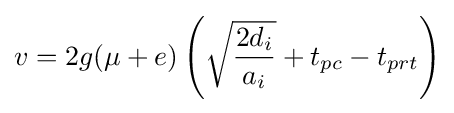
v=2g(\mu +e)\left({\sqrt {\frac {2d_{i}}{a_{i}}}}+t_{pc}-t_{prt}\right)